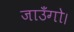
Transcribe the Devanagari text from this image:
जाउँगो।